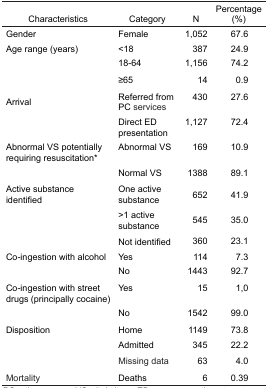
<table><thead><tr><td><b>Characteristics</b></td><td><b>Category</b></td><td><b>N</b></td><td><b>Percentage (%)</b></td></tr></thead><tbody><tr><td>Gender</td><td>Female</td><td>1,052</td><td>67.6</td></tr><tr><td>Age range (years)</td><td>&lt;18</td><td>387</td><td>24.9</td></tr><tr><td></td><td>18–64</td><td>1,156</td><td>74.2</td></tr><tr><td></td><td>≥65</td><td>14</td><td>0.9</td></tr><tr><td>Arrival</td><td>Referred from PC services</td><td>430</td><td>27.6</td></tr><tr><td></td><td>Direct ED presentation</td><td>1,127</td><td>72.4</td></tr><tr><td>Abnormal VS potentially requiring resuscitation*</td><td>Abnormal VS</td><td>169</td><td>10.9</td></tr><tr><td></td><td>Normal VS</td><td>1388</td><td>89.1</td></tr><tr><td>Active substance identified</td><td>One active substance</td><td>652</td><td>41.9</td></tr><tr><td></td><td>&gt;1 active substance</td><td>545</td><td>35.0</td></tr><tr><td></td><td>Not identified</td><td>360</td><td>23.1</td></tr><tr><td>Co-ingestion with alcohol</td><td>Yes</td><td>114</td><td>7.3</td></tr><tr><td></td><td>No</td><td>1443</td><td>92.7</td></tr><tr><td>Co-ingestion with street drugs (principally cocaine)</td><td>Yes</td><td>15</td><td>1,0</td></tr><tr><td></td><td>No</td><td>1542</td><td>99.0</td></tr><tr><td>Disposition</td><td>Home</td><td>1149</td><td>73.8</td></tr><tr><td></td><td>Admitted</td><td>345</td><td>22.2</td></tr><tr><td></td><td>Missing data</td><td>63</td><td>4.0</td></tr><tr><td>Mortality</td><td>Deaths</td><td>6</td><td>0.39</td></tr></tbody></table>